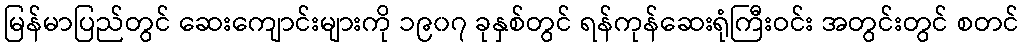
မြန်မာပြည်တွင် ဆေးကျောင်းများကို ၁၉၀၇ ခုနှစ်တွင် ရန်ကုန်ဆေးရုံကြီးဝင်း အတွင်းတွင် စတင်